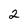
Character: 2